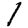
Digit: 1